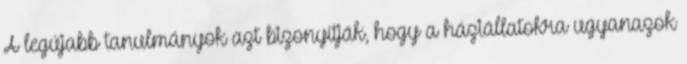
A legújabb tanulmányok azt bizonyítják, hogy a háziállatokra ugyanazok